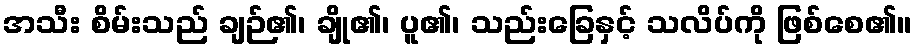
အသီး စိမ်းသည် ချဉ်၏၊ ချို၏၊ ပူ၏၊ သည်းခြေနှင့် သလိပ်ကို ဖြစ်စေ၏။